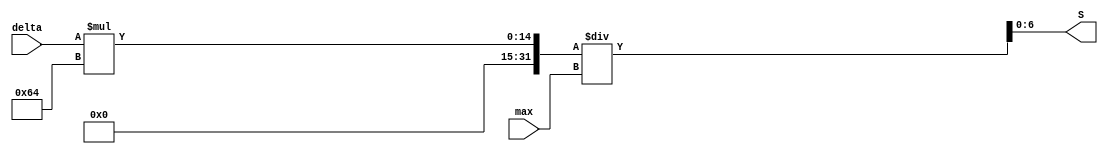
module valueS(S, delta, max);
	input	[7:0] delta, max;
	
	output reg [6:0] S;
	
	always @(*) begin
		S = delta*100/max;
	end

endmodule